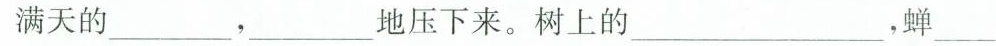
满天的_______，____地压下来。树上的___，蝉